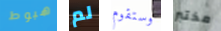
هبوط لم وستقوم مختبر